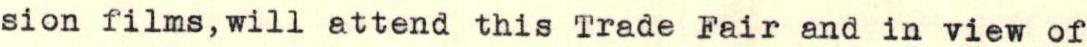
sion films,will attend this Trade Fair and in view of